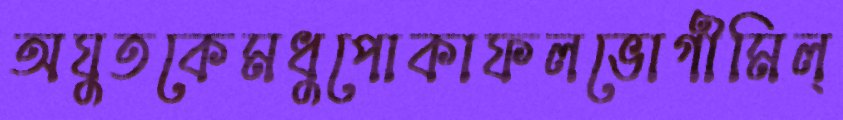
অযুতকেমধুপোকাফলভোগীমিল্